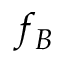
f _ { B }